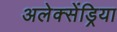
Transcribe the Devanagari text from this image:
अलेक्सेंड्रिया